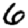
Digit: 6